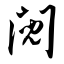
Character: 阋